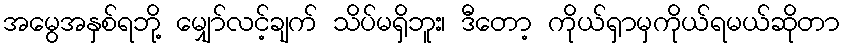
အမွေအနှစ်ရဘို့ မျှော်လင့်ချက် သိပ်မရှိဘူး၊ ဒီတော့ ကိုယ်ရှာမှကိုယ်ရမယ်ဆိုတာ